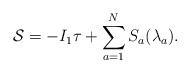
LaTeX: \begin{align*}{\cal S}=-I_1 \tau+\sum_{a=1}^N S_a (\lambda_a) .\end{align*}